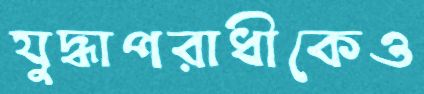
যুদ্ধাপরাধীকেও